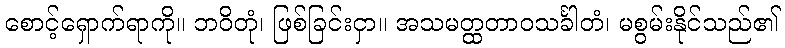
စောင့်ရှောက်ရာကို။ ဘဝိတုံ၊ ဖြစ်ခြင်းငှာ။ အသမတ္ထတာဝသင်္ခါတံ၊ မစွမ်းနိုင်သည်၏